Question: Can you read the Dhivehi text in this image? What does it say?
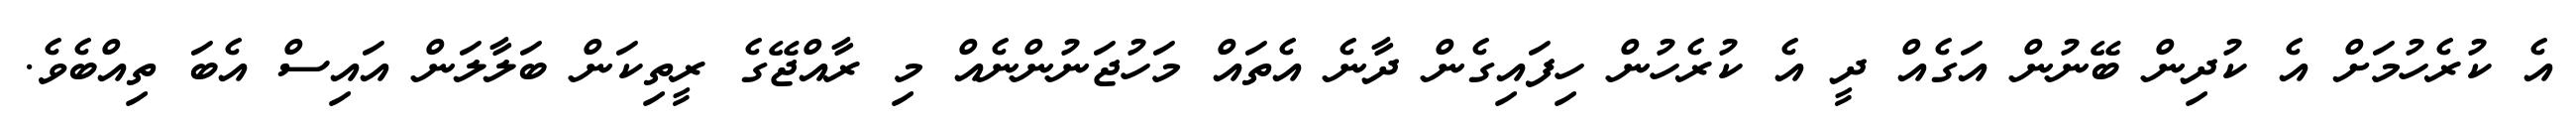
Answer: އެ ކުރެހުމަށް އެ ކުދިން ބޭނުން އަގެއް ދީ އެ ކުރެހުން ހިފައިގެން ދާނެ އެތައް މަހުޖަނުންނެއް މި ރާއްޖޭގެ ރީތިކަން ބަލާލަން އައިސް އެބަ ތިއްބެވެ.